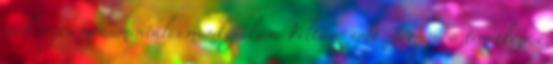
évek végén monumentális munkájában. Feltűnő volt számára a temetkezési